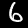
Digit: 6